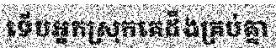
ទើបអ្នកស្រុកគេដឹងគ្រប់គ្នា